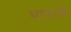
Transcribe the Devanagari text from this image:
भाषाके